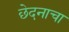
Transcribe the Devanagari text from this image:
छेदनाचा